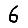
Digit: 6